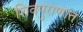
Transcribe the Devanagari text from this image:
शिवपुराणांत